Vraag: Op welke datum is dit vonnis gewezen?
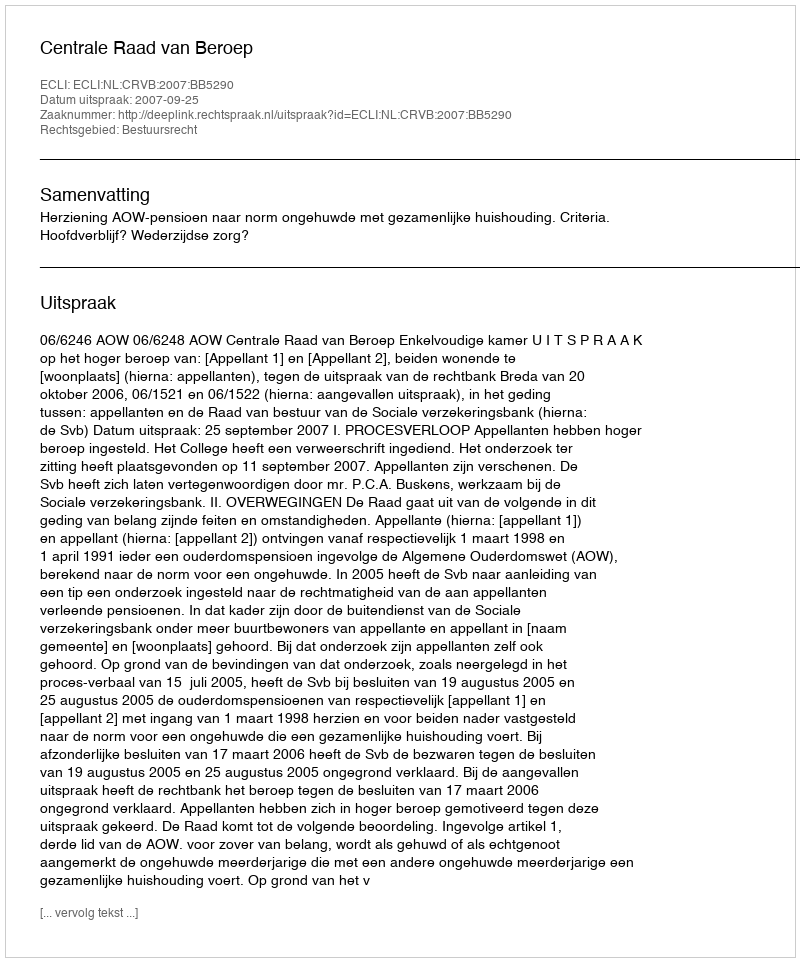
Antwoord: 2007-09-25